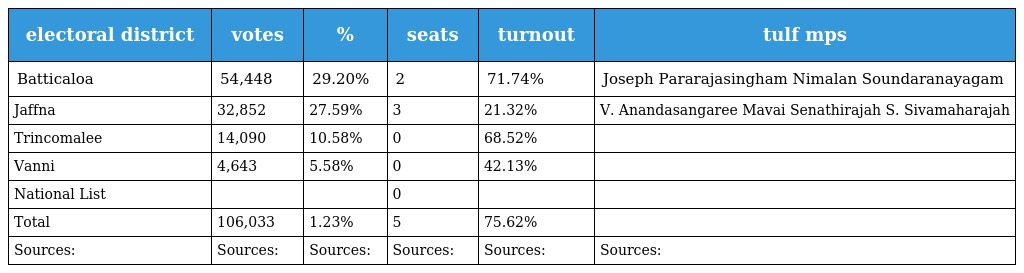
| electoral district | votes | % | seats | turnout | tulf mps |
 | --- | --- | --- | --- | --- | --- |
 | Batticaloa | 54,448 | 29.20% | 2 | 71.74% | Joseph Pararajasingham Nimalan Soundaranayagam |
 | Jaffna | 32,852 | 27.59% | 3 | 21.32% | V. Anandasangaree Mavai Senathirajah S. Sivamaharajah |
 | Trincomalee | 14,090 | 10.58% | 0 | 68.52% |  |
 | Vanni | 4,643 | 5.58% | 0 | 42.13% |  |
 | National List |  |  | 0 |  |  |
 | Total | 106,033 | 1.23% | 5 | 75.62% |  |
 | Sources: | Sources: | Sources: | Sources: | Sources: | Sources: |